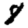
Digit: 8